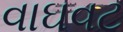
વાઘવટ